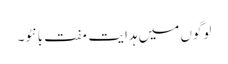
لوگوں میں ہدایت مفت بانٹو۔